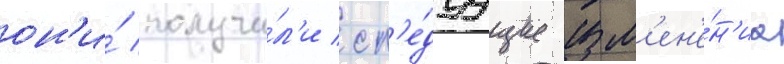
он'и́ получи́л'и сл'е́дуущие изм'ен'е́н'иа